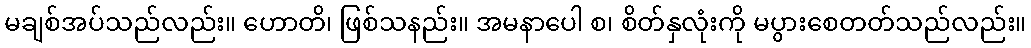
မချစ်အပ်သည်လည်း။ ဟောတိ၊ ဖြစ်သနည်း။ အမနာပေါ စ၊ စိတ်နှလုံးကို မပွားစေတတ်သည်လည်း။